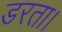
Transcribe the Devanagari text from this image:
डरता।